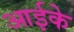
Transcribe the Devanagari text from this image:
आईके